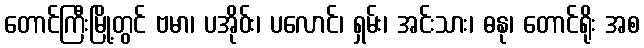
တောင်ကြီးမြို့တွင် ဗမာ၊ ပအိုဝ်း၊ ပလောင်၊ ရှမ်း၊ အင်းသား၊ ဓနု၊ တောင်ရိုး အစ